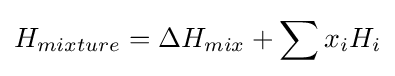
H_{mixture}=\Delta H_{mix}+\sum x_{i}H_{i}